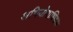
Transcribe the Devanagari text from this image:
अभियोगाधिकार